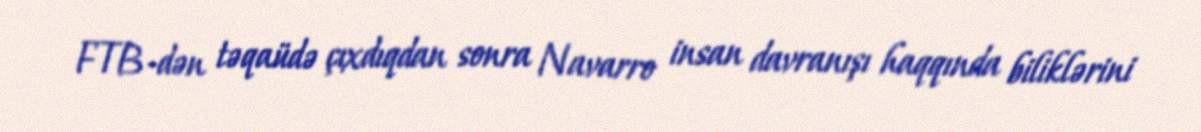
FTB-dən təqaüdə çıxdıqdan sonra Navarro insan davranışı haqqında biliklərini